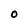
Character: O